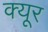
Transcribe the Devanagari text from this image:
क्यूर